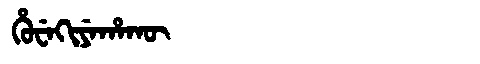
Manchu: ᡥᡠᠸᡝᡴᡳᠶᡝᡥᠠᡴᡡ
Romanization: HUWEKIYEHAKŪ